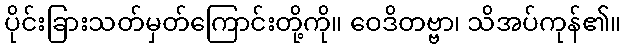
ပိုင်းခြားသတ်မှတ်ကြောင်းတို့ကို။ ဝေဒိတဗ္ဗာ၊ သိအပ်ကုန်၏။